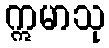
ဣမာသု